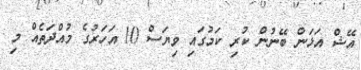
އޭޝް އަޅަން ބޭނުން ކުރި ކަމުގައި ވިޔަސް 10 އަހަރުގެ މުއްދަތެއް މި